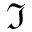
\Im